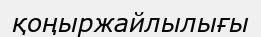
қоңыржайлылығы